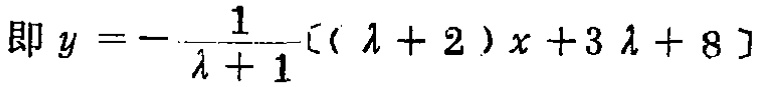
即 \(y = - \frac{1}{\lambda + 1}[(\lambda + 2)x + 3\lambda + 8]\)